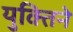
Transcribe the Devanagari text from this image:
युक्तिने